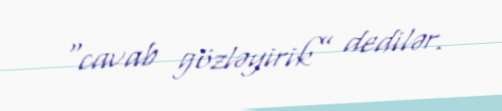
“cavab gözləyirik” dedilər.